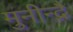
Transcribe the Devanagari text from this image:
मुनीन्द्रै